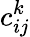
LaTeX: c_{ij}^{k}